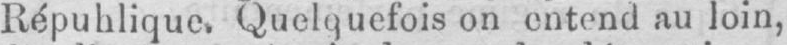
on entend au loin,